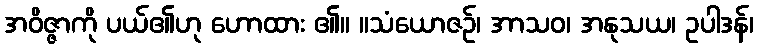
အဝိဇ္ဇာကို ပယ်၏ဟု ဟောထား ၏။ ။သံယောဇဉ်၊ အာသဝ၊ အနုသယ၊ ဥပါဒန်၊